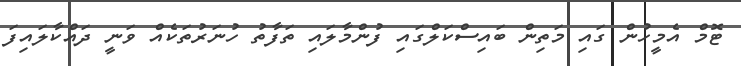
ޓޮމް އެމީހުން ގައި މަތިން ބައިސްކަލްގައި ފުންމާލައި ތަފާތު ހުނަރުތަކެއް ވަނީ ދައްކާލައިފަ